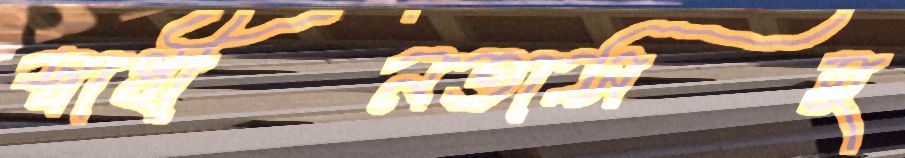
স্বাধীনতাসহ